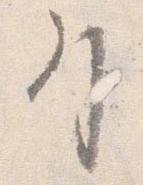
引